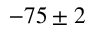
- 7 5 \pm 2